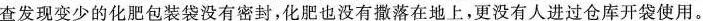
查发现变少的化肥包装袋没有密封，化肥也没有撒落在地上，更没有人进过仓库开袋使用。